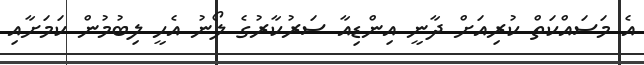
އެ މަސައްކަތް ކުރިއަށް ދާނީ އިންޑިއާ ސަރުކާރުގެ ލޯނު އެހީ ލިބުމުން ކަމަށާއި